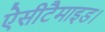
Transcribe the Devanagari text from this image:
ऐसीटैमाइड।